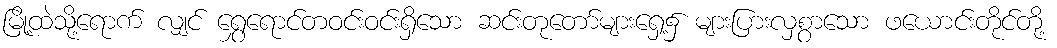
မြို့ထဲသို့ရောက် လျှင် ရွှေရောင်တဝင်းဝင်းရှိသော ဆင်းတုတော်များရှေ့၌ များပြားလှစွာသော ဖယောင်းတိုင်တို့